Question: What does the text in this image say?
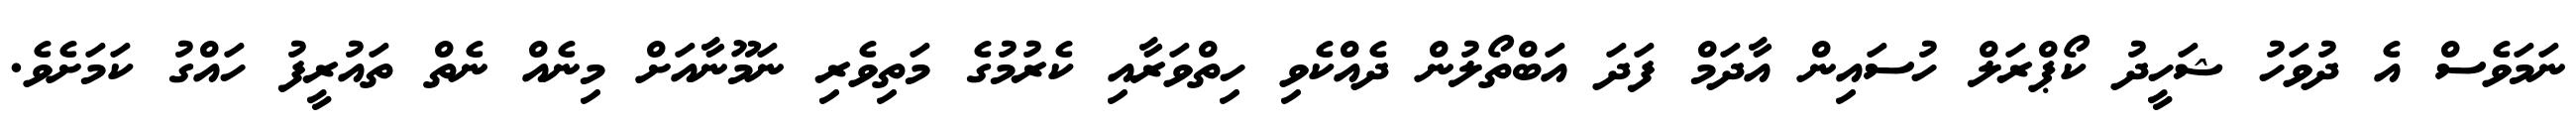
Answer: ނަމަވެސް އެ ދުވަހު ޝަހީދު ކޯޕްރަލް ހުސައިން އާދަމް ފަދަ އަބްތޯލުން ދެއްކެވި ހިތްވަރާއި ކެރުމުގެ މަތިވެރި ނަމޫނާއަށް މިނެއް ނެތް ތައުރީފު ހައްގު ކަމަށެވެ.